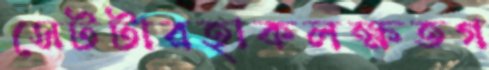
সেটটারহাকলক্ষতগ